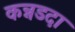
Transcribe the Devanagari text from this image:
कन्नडदा